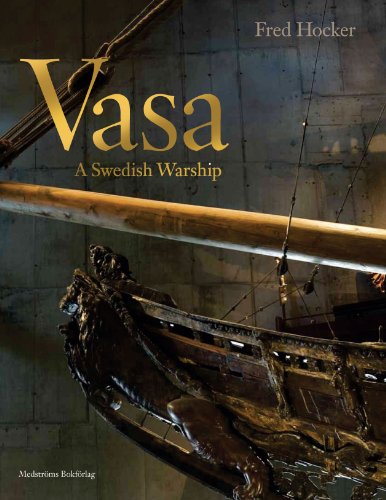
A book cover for Vasa: A Swedish Warship; Frederick M. Hocker; History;